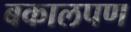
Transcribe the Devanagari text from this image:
बकालपण